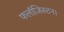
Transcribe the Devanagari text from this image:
फलॉजिस्टन।